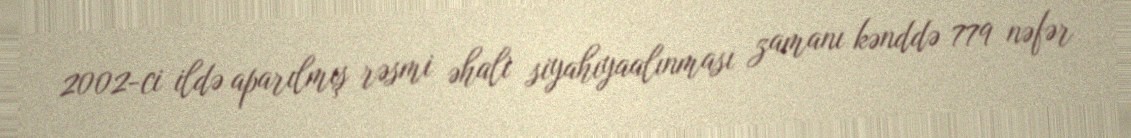
2002-ci ildə aparılmış rəsmi əhali siyahıyaalınması zamanı kənddə 779 nəfər